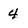
Character: 4